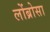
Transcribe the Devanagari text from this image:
लोंब्रोसा